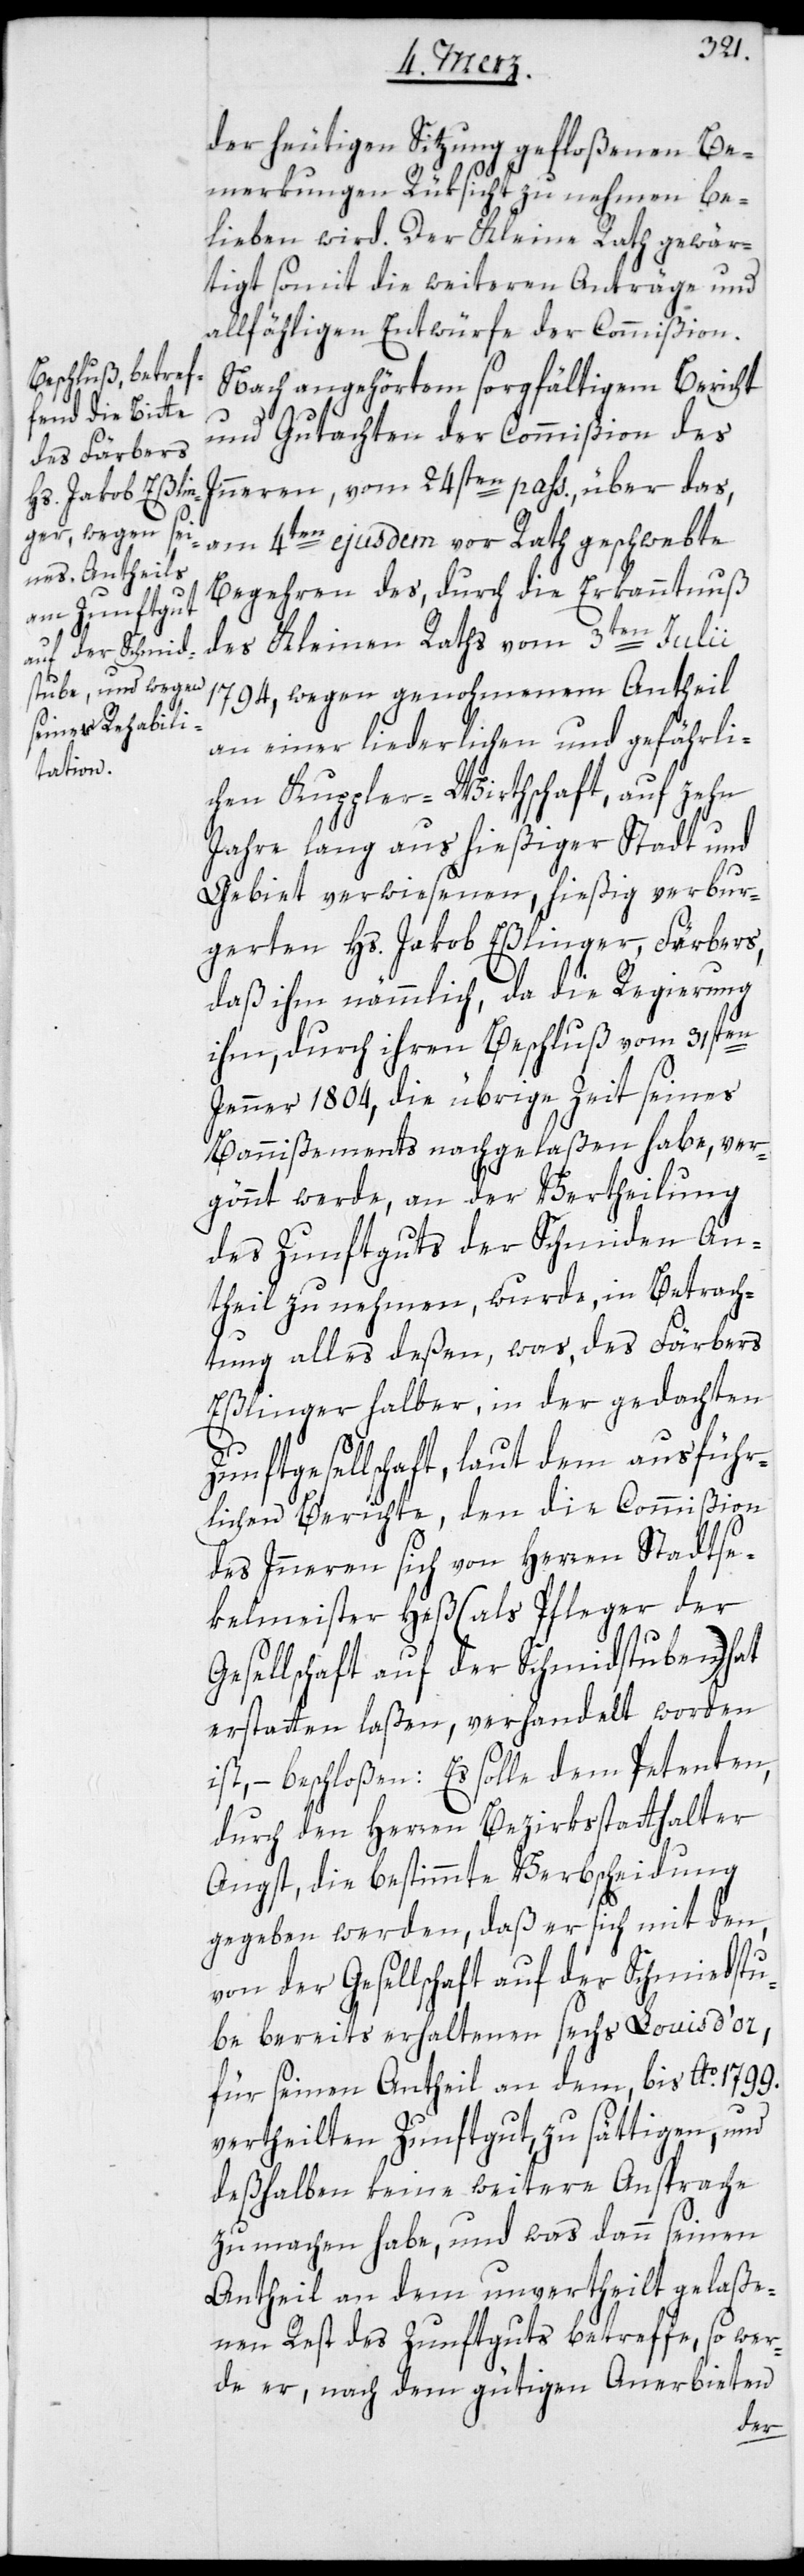
der heutigen Sitzung gefloßenen Be¬
merkungen Rüksicht zu nehmen be¬
lieben wird. Der Kleine Rath gewär¬
tigt somit die weiteren Anträge und
allfähligen Entwürfe der Commißion.
Nach angehörtem sorgfältigem Bericht
und Gutachten der Commißion des
Inneren, vom 24sten pass., über das,
am 4ten ejusdem vor Rath geschwebte
Begehren des, durch die Erkanntnuß
des Kleinen Raths vom 3ten Julii
1794, wegen genohmenem Antheil
an einer liederlichen und gefährli¬
chen Kuppler-Wirthschaft, auf zehn
Jahre lang aus hießiger Stadt und
Gebiet verwiesenen, hießig verbur¬
gerten Hs. Jakob Eßlinger, Färbers,
daß ihm nämmlich, da die Regierung
ihm, durch ihren Beschluß vom 31sten
Jenner 1804, die übrige Zeit seines
Bannißements nachgelaßen habe, ver¬
gönnt werde, an der Vertheilung
des Zunftguts der Schmiden An¬
theil zu nehmen, wurde, in Beterach¬
tung alles deßen, was, des Färbers
Eßlinger halber, in der gedachten
Zunftgesellschaft, laut dem ausführ¬
lichen Berichte, den die Commißion
des Inneren sich von Herren Stadtse¬
kelmeister Heß (als Pfleger der
Gesellschaft auf der Schmidstuben) hat
erstatten laßen, verhandelt worden
ist, – beschloßen: Es solle dem Petenten,
durch den Herrn Bezirksstatthalter
Angst, die bestimmte Verbscheidung
gegeben werden, daß er sich mit den,
von der Gesellschaft auf der Schmidstu¬
be bereits erhaltenen sechs Louisd’or,
für seinen Antheil an dem, bis Ao. 1799.
vertheilten Zunftgut, zu sättigen, und
deßhalben keine weitere Ansprache
zu machen habe, und was dann seinen
Antheil an dem unvertheilt gelaße¬
nen Rest des Zunftguts betreffe, so wer¬
de er, nach dem gütigen Anerbieten